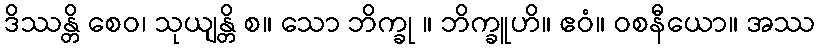
ဒိဿန္တိ စေဝ၊ သုယျန္တိ စ။ သော ဘိက္ခု ။ ဘိက္ခူဟိ။ ဧဝံ။ ဝစနီယော။ အဿ